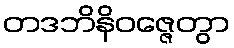
တဒဘိနိဝဇ္ဇေတွာ